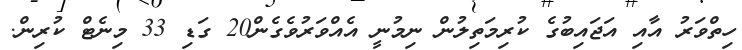
ހިތްވަރު އާއި އަޖައިބުގެ ކުރިމަތިލުން ނިމުނީ އެއްވަރުވެގެން20 ގަޑި 33 މިނެޓް ކުރިން.